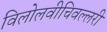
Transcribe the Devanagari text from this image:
विलोलवीचिवल्लरी